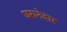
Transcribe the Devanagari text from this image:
घरानेदार